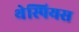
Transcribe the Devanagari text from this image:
थेस्पियस